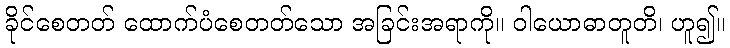
ခိုင်စေတတ် ထောက်ပံစေတတ်သော အခြင်းအရာကို။ ဝါယောဓာတူတိ၊ ဟူ၍။